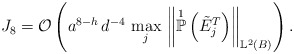
\begin{align*}J_{8} = \mathcal{O}\left(a^{8-h} \, d^{-4} \, \max_j \,\left\Vert \overset{1}{\mathbb{P}}\left( \tilde{E}^{T}_j\right) \right\Vert_{\mathbb{L}^{2}(B)}\right). \end{align*}